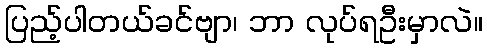
ပြည့်ပါတယ်ခင်ဗျာ၊ ဘာ လုပ်ရဦးမှာလဲ။